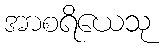
အာစရိယေသု